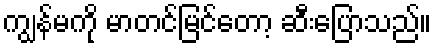
ကျွန်မကို မာတင်မြင်တော့ ဆီးပြောသည်။